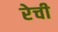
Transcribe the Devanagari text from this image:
रेची